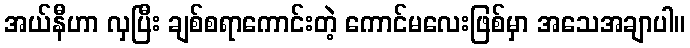
အယ်နီဟာ လှပြီး ချစ်စရာကောင်းတဲ့ ကောင်မလေးဖြစ်မှာ အသေအချာပါ။